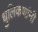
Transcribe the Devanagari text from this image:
धुलिकणांनी